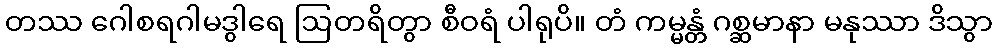
တဿ ဂေါစရဂါမဒွါရေ ဩတရိတွာ စီဝရံ ပါရုပိ။ တံ ကမ္မန္တံ ဂစ္ဆမာနာ မနုဿာ ဒိသွာ